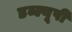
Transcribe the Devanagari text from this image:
डब्ल्यूपी